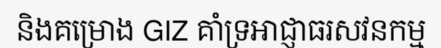
និងគម្រោង GIZ គាំទ្រអាជ្ញាធរសវនកម្ម